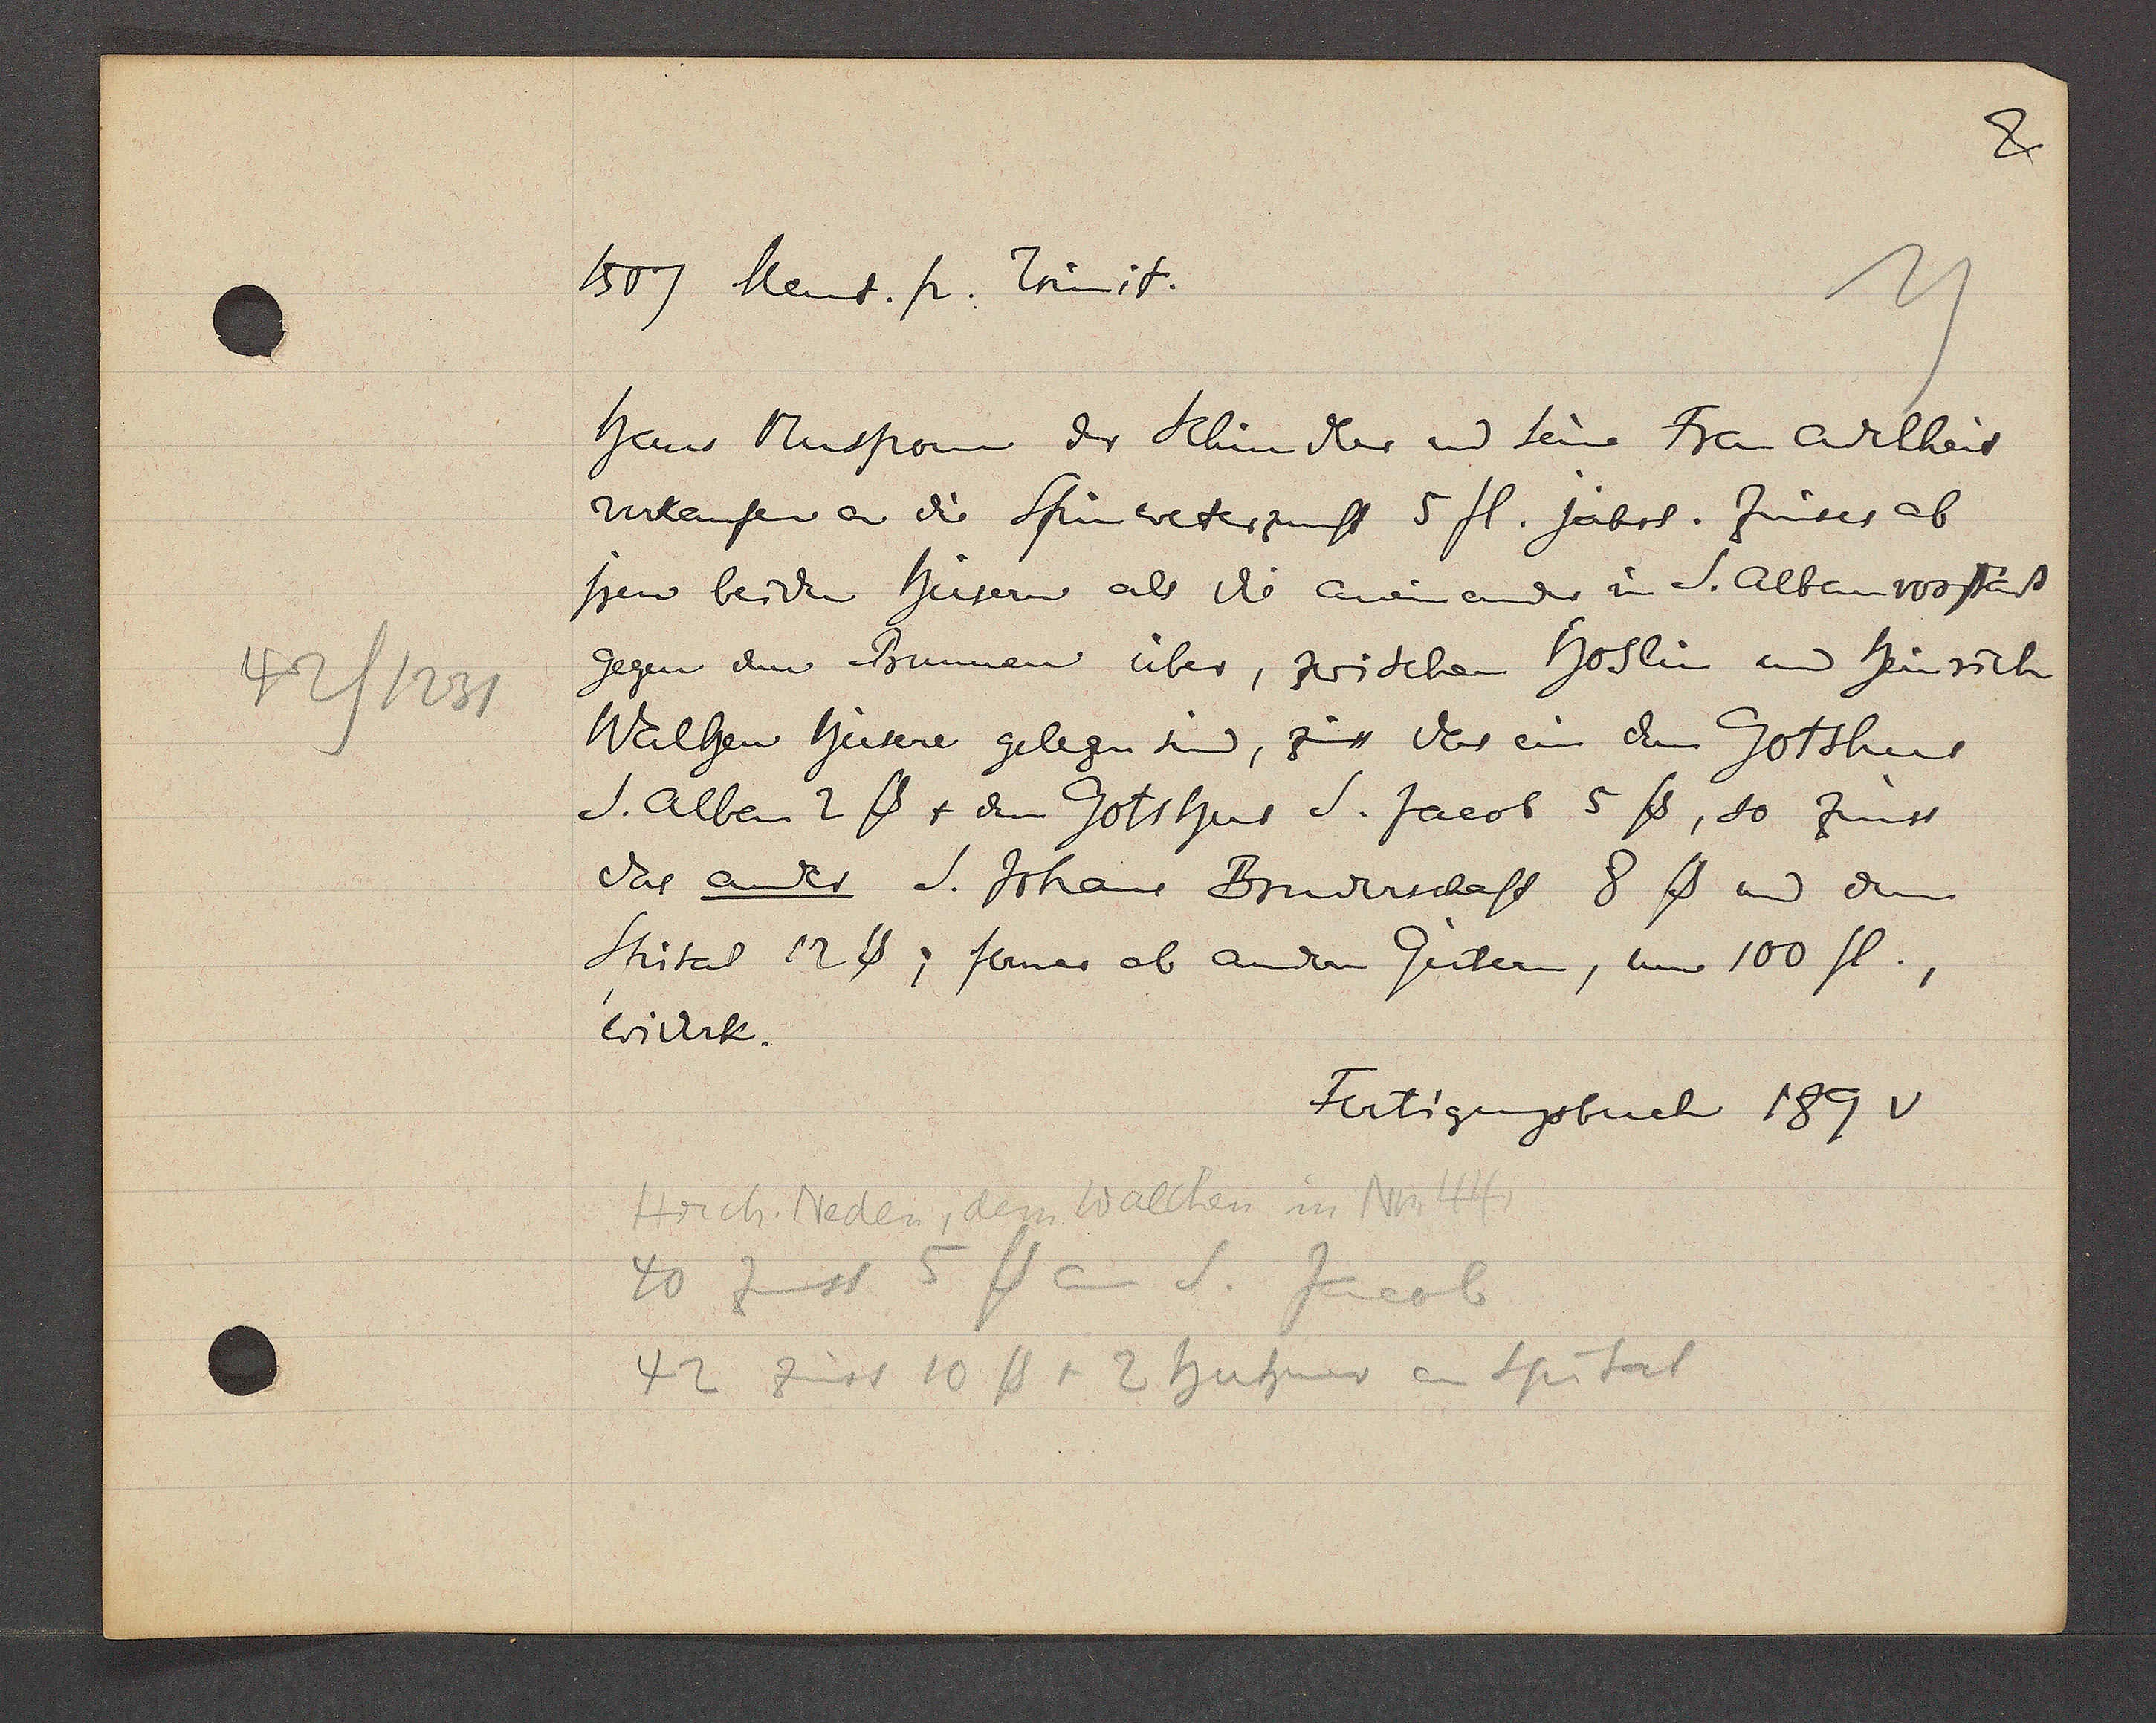
Transcript:
42/1231

1507 Ment. p. Trinit

Hans Muspann der Klundler und seine Frau Adelheit
verkaufen an die Spinnweterzunft 5 fl. jährl. Zinses ab
iren beiden hüsern als die aneinander in S. Albanvorstat
gegen den Brunnen über, zwischen Hoslin und heinrich
Walhen hüsere gelegen sind, zur der ein dem Gotshus
S. Alban 2℔ + den Gotshus S. Jacob 5℔, so zinst
das ander S. Johans Bruderschaft 8ß und dem
Stital 12℔, ferner ab andern Gutern, um 100 fl.
widerk.

Hrch. Neden, dem Walchen in Nr. 44
40 Zinst 5℔ an S. Jacob
42 zinst 10 ℔ + 2 huhner an Spital

Fertigungsbuch 189 v.